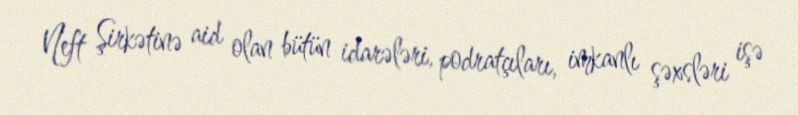
Neft Şirkətinə aid olan bütün idarələri, podratçıları, imkanlı şəxsləri işə